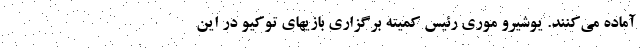
آماده می‌کنند. یوشیرو موری رئیس کمیته برگزاری بازیهای توکیو در این